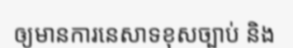
ឲ្យមានការនេសាទខុសច្បាប់ និង